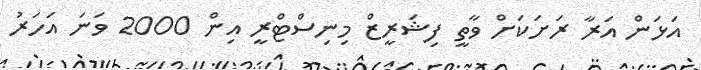
އަޅަން އަރާ ރަށަކަށް ވާތީ ފިޝަރީޒް މިނިސްޓްރީ އިން 2000 ވަނަ އަހަރު